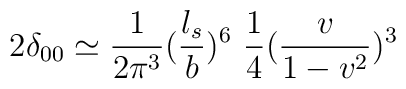
2\delta _{00}\simeq{1\over 2\pi^3} ( {l_s\over b})^6 ~{1\over 4}({v\over 1-v^2})^3